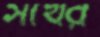
সখের